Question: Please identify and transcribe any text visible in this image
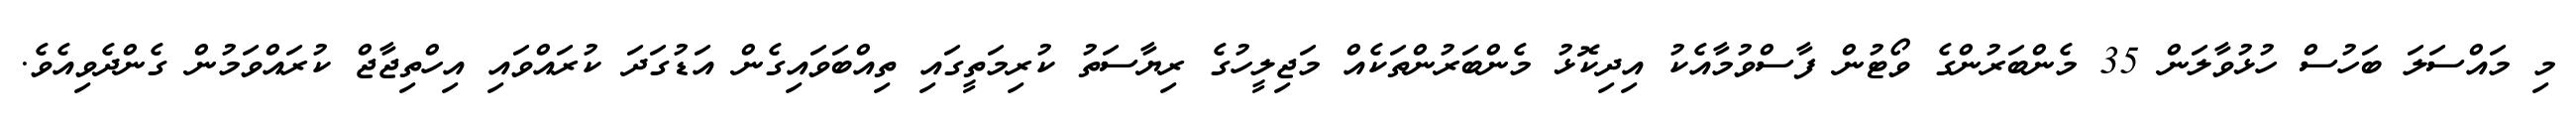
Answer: މި މައްސަލަ ބަހުސް ހުޅުވާލަން 35 މެންބަރުންގެ ވޯޓުން ފާސްވުމާއެކު އިދިކޮޅު މެންބަރުންތަކެއް މަޖިލީހުގެ ރިޔާސަތު ކުރިމަތީގައި ތިއްބަވައިގެން އަޑުގަދަ ކުރައްވައި އިހްތިޖާޖް ކުރައްވަމުން ގެންދެވިއެވެ.